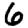
Digit: 6